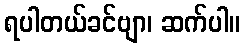
ရပါတယ်ခင်ဗျာ၊ ဆက်ပါ။